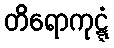
တိရောကုဋ္ဋံ